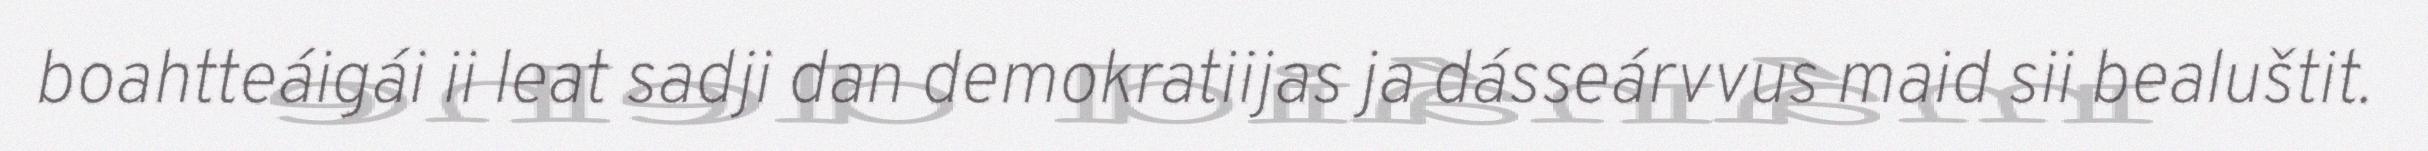
boahtteáigái ii leat sadji dan demokratiijas ja dásseárvvus maid sii bealuštit.